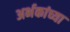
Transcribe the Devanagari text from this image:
अर्भकांच्या